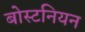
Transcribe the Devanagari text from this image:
बोस्टनियन